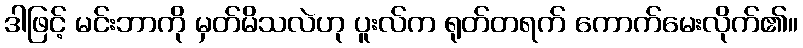
ဒါဖြင့် မင်းဘာကို မှတ်မိသလဲဟု ပူးလ်က ရုတ်တရက် ကောက်မေးလိုက်၏။